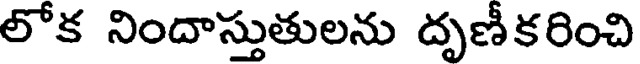
లోక నిందాస్తుతులను దృణీకరించి